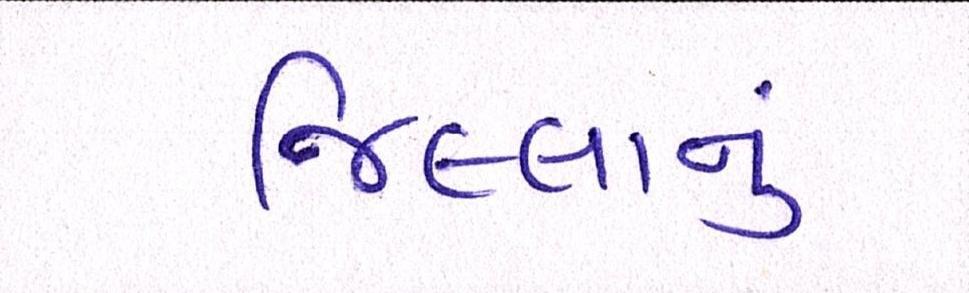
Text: જિલ્લાનું